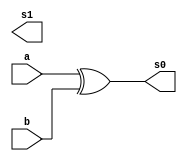
// -------------------------
// Exemplo_0801 - FULL ADDER
// Nome: Frederico Malaquias
// -------------------------
// -------------------------
// half adder
// -------------------------
module halfAdder (output s1,
 output s0, 
 input a, 
 input b);
// descrever por portas
xor XOR1 ( s0, a, b );
// and AND1 ( s1, a, b );
endmodule // halfAdder

 module test;

    reg [4:0] x ;
    reg [4:0] y;
    wire resultado;

    test EC0
    (resultado,
     x, y);

    // ------------------------- parte principal
    initial begin
        $display("Exemplo_0804- Frederico Malaquias - 747544");
        $display("Test ALU's equality comparator");

        
        $monitor("f(%5b, %5b) = %b", x, y, resultado);
        // $monitor("f(%4b, %4b) = %b", x);
        x = 5'b00000; y = 5'b00000;
        #1 x = 5'b00001; y = 5'b00000;
        #1 x = 5'b00001; y = 5'b00001;
        #1 x = 5'b00001; y = 5'b00100;
        #1 x = 5'b10101; y = 5'b10100;
        #1 x = 5'b11100; y = 5'b00011;
        #1 x = 5'b01100; y = 5'b01100;
end
endmodule // test_fullAdder